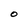
Character: O